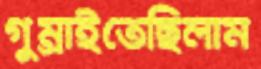
গুম্‌রাইতেছিলাম